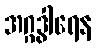
အဂ္ဂဒွါရေန